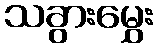
သခွားမွှေး